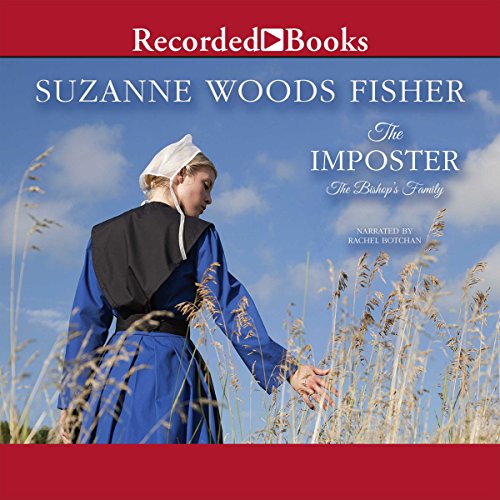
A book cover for The Imposter; Suzanne Woods Fisher; Christian Books & Bibles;